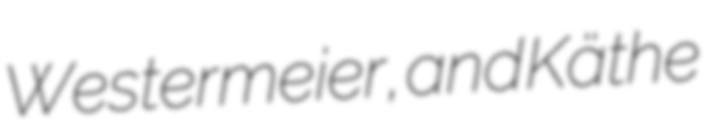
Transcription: Westermeier, and Käthe